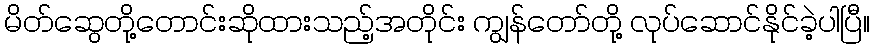
မိတ်ဆွေတို့တောင်းဆိုထားသည့်အတိုင်း ကျွန်တော်တို့ လုပ်ဆောင်နိုင်ခဲ့ပါပြီ။